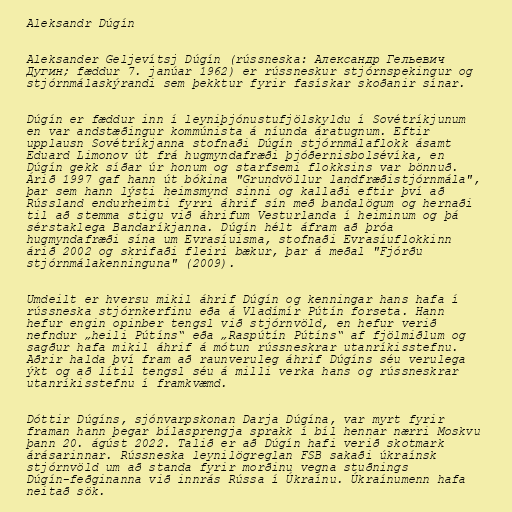
Aleksandr Dúgín

Aleksander Geljevítsj Dúgín (rússneska: Александр Гельевич
Дугин; fæddur 7. janúar 1962) er rússneskur stjórnspekingur og
stjórnmálaskýrandi sem þekktur fyrir fasískar skoðanir sínar.

Dúgín er fæddur inn í leyniþjónustufjölskyldu í Sovétríkjunum
en var andstæðingur kommúnista á níunda áratugnum. Eftir
upplausn Sovétríkjanna stofnaði Dúgín stjórnmálaflokk ásamt
Eduard Limonov út frá hugmyndafræði þjóðernisbolsévíka, en
Dúgín gekk síðar úr honum og starfsemi flokksins var bönnuð.
Árið 1997 gaf hann út bókina "Grundvöllur landfræðistjórnmála",
þar sem hann lýsti heimsmynd sinni og kallaði eftir því að
Rússland endurheimti fyrri áhrif sín með bandalögum og hernaði
til að stemma stigu við áhrifum Vesturlanda í heiminum og þá
sérstaklega Bandaríkjanna. Dúgín hélt áfram að þróa
hugmyndafræði sína um Evrasíuisma, stofnaði Evrasíuflokkinn
árið 2002 og skrifaði fleiri bækur, þar á meðal "Fjórðu
stjórnmálakenninguna" (2009).

Umdeilt er hversu mikil áhrif Dúgín og kenningar hans hafa í
rússneska stjórnkerfinu eða á Vladímír Pútín forseta. Hann
hefur engin opinber tengsl við stjórnvöld, en hefur verið
nefndur „heili Pútíns“ eða „Raspútín Pútíns“ af fjölmiðlum og
sagður hafa mikil áhrif á mótun rússneskrar utanríkisstefnu.
Aðrir halda því fram að raunveruleg áhrif Dúgíns séu verulega
ýkt og að lítil tengsl séu á milli verka hans og rússneskrar
utanríkisstefnu í framkvæmd.

Dóttir Dúgíns, sjónvarpskonan Darja Dúgína, var myrt fyrir
framan hann þegar bílasprengja sprakk í bíl hennar nærri Moskvu
þann 20. ágúst 2022. Talið er að Dúgín hafi verið skotmark
árásarinnar. Rússneska leynilögreglan FSB sakaði úkraínsk
stjórnvöld um að standa fyrir morðinu vegna stuðnings
Dúgín-feðginanna við innrás Rússa í Úkraínu. Úkraínumenn hafa
neitað sök.